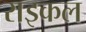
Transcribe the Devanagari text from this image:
राइकल